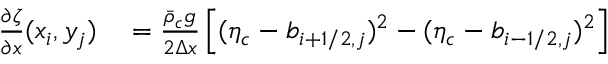
\begin{array} { r l } { \frac { \partial \zeta } { \partial x } ( x _ { i } , y _ { j } ) } & { { } = \frac { \bar { \rho } _ { c } g } { 2 \Delta x } \left[ ( \eta _ { c } - b _ { i + 1 / 2 , j } ) ^ { 2 } - ( \eta _ { c } - b _ { i - 1 / 2 , j } ) ^ { 2 } \right] } \end{array}